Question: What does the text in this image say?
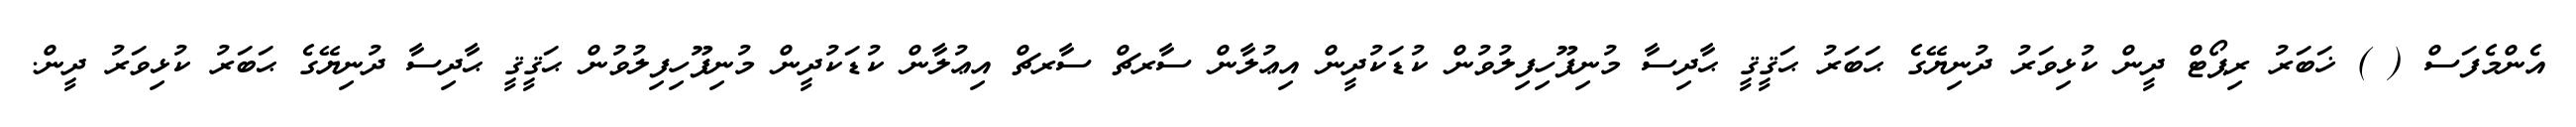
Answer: އެންމެފަސް ( ) ޚަބަރު ރިޕޯޓް ދީން ކުޅިވަރު ދުނިޔޭގެ ޙަބަރު ޙަޤީޤީ ޙާދިސާ މުނިފޫހިފިލުވުން ކުޑަކުދީން އިޢުލާން ސާރޗް ސާރޗް އިޢުލާން ކުޑަކުދީން މުނިފޫހިފިލުވުން ޙަޤީޤީ ޙާދިސާ ދުނިޔޭގެ ޙަބަރު ކުޅިވަރު ދީން.